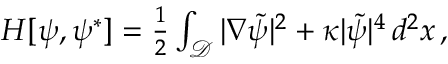
\begin{array} { r } { H [ \psi , \psi ^ { * } ] = \frac 1 2 \int _ { \mathcal { D } } | \nabla \tilde { \psi } | ^ { 2 } + \kappa | \tilde { \psi } | ^ { 4 } \, d ^ { 2 } x \, , } \end{array}